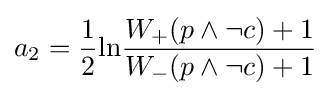
a_{2}={\frac {1}{2}}{\textrm {ln}}{\frac {W_{+}(p\wedge \neg c)+1}{W_{-}(p\wedge \neg c)+1}}